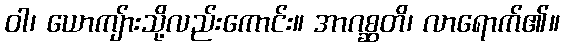
ဝါ၊ ယောကျ်ားသို့လည်းကောင်း။ အာဂစ္ဆတိ၊ လာရောက်၏။